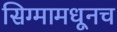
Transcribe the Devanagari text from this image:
सिग्मामधूनच